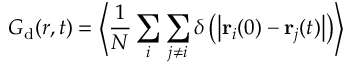
G _ { \mathrm { d } } ( r , t ) = \left< \frac { 1 } { N } \sum _ { i } \sum _ { j \neq i } \delta \left( \left| \mathbf { r } _ { i } ( 0 ) - \mathbf { r } _ { j } ( t ) \right| \right) \right>